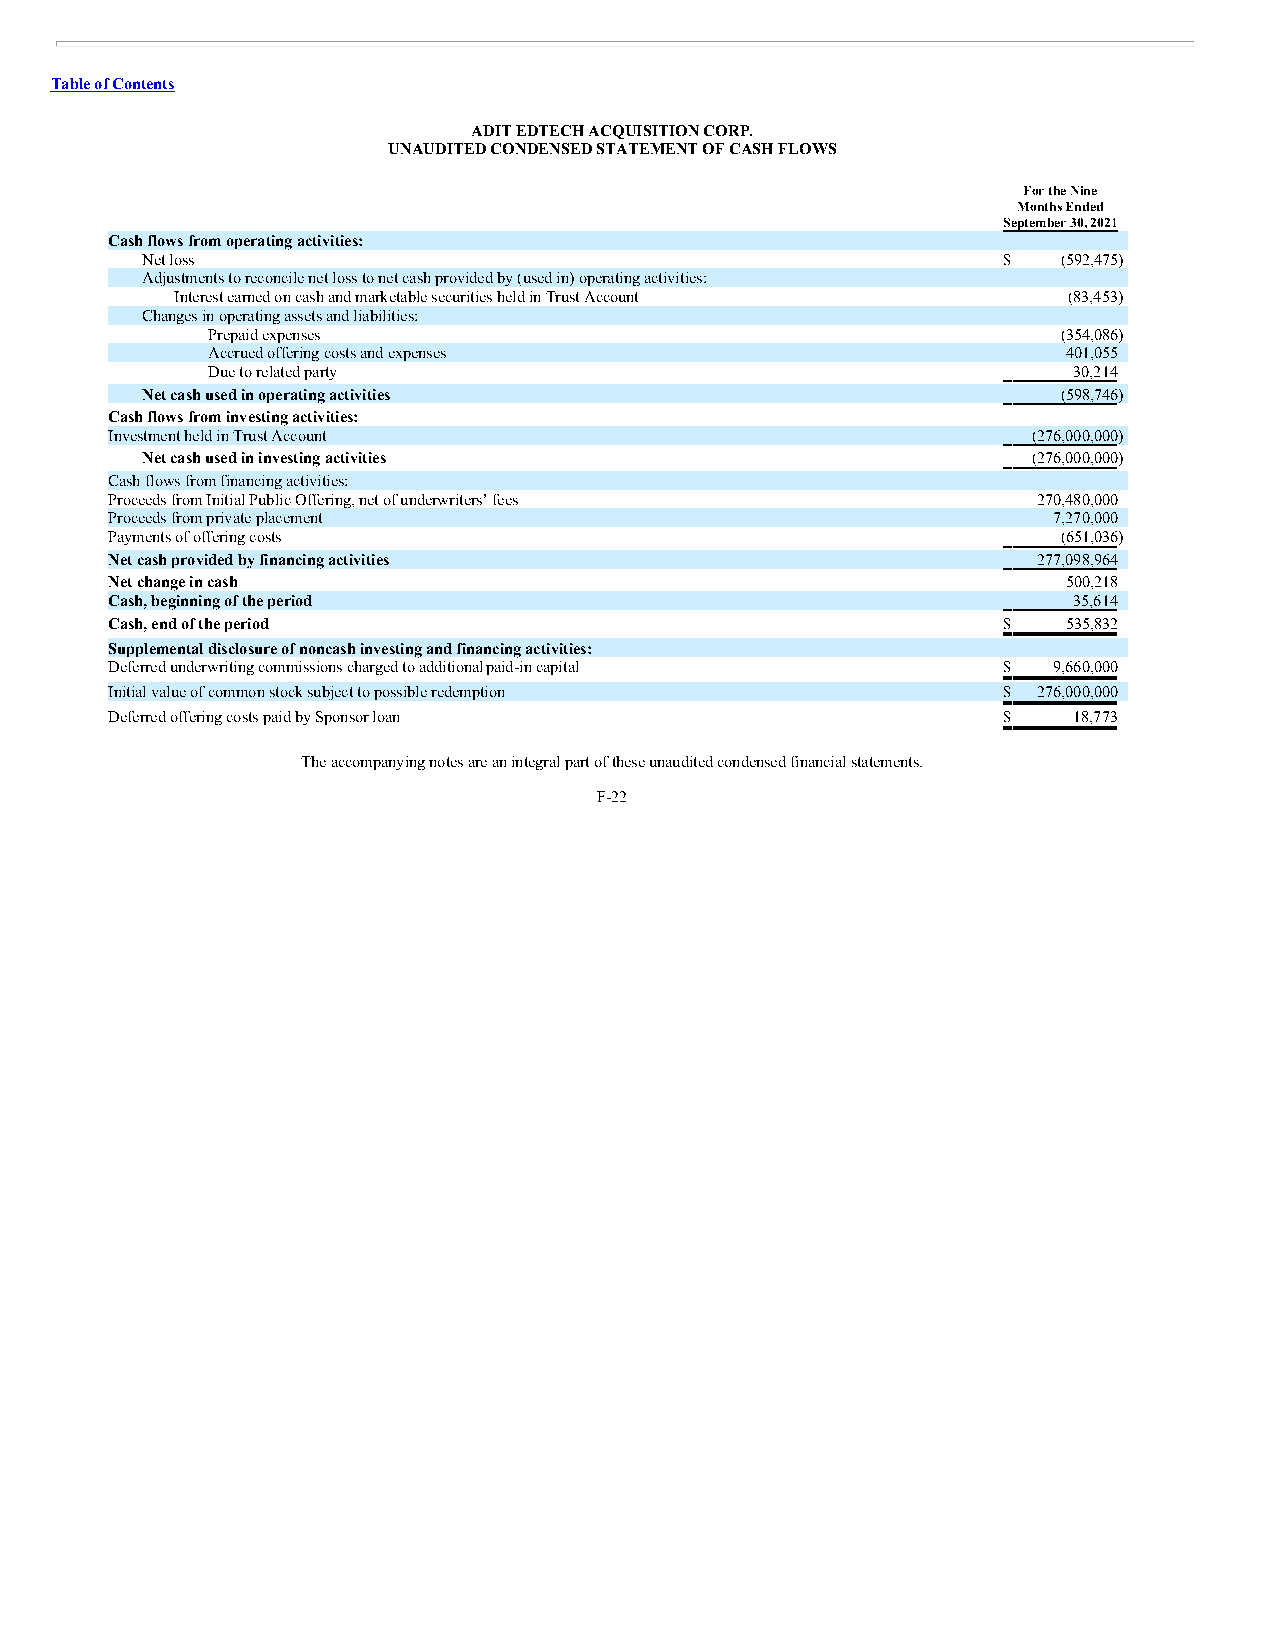
Table of Contents
 ADIT EDTECH ACQUISITION CORP.
 UNAUDITED CONDENSED STATEMENT OF CASH FLOWS
 For the Nine
 Months Ended
 September 30, 2021
 Cash flows from operating activities:
 Net loss                                                 $   (592,475)
 Adjustments to reconcile net loss to net cash provided by (used in) operating activities:
 Interest earned on cash and marketable securities held in Trust Account (83,453)
 Changes in operating assets and liabilities:
 Prepaid expenses                                        (354,086)
 Accrued offering costs and expenses                      401,055
 Due to related party                                     30,214
 Net cash used in operating activities                        (598,746)
 Cash flows from investing activities:
 Investment held in Trust Account                             (276,000,000)
 Net cash used in investing activities                      (276,000,000)
 Cash flows from financing activities:
 Proceeds from Initial Public Offering, net of underwriters’ fees 270,480,000
 Proceeds from private placement                                7,270,000
 Payments of offering costs                                     (651,036)
 Net cash provided by financing activities                     277,098,964
 Net change in cash                                              500,218
 Cash, beginning of the period                                   35,614
 Cash, end of the period                                    $    535,832
 Supplemental disclosure of noncash investing and financing activities:
 Deferred underwriting commissions charged to additional paid-in capital $ 9,660,000
 Initial value of common stock subject to possible redemption $ 276,000,000
 Deferred offering costs paid by Sponsor loan               $    18,773
 The accompanying notes are an integral part of these unaudited condensed financial statements.
 F-22